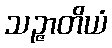
သဉ္ဇာတိယံ